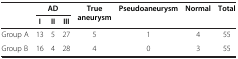
| <ROWSPAN=2>  | <COLSPAN=3> AD | <ROWSPAN=2> True aneurysm | <ROWSPAN=2> Pseudoaneurysm | <ROWSPAN=2> Normal | <ROWSPAN=2> Total |
 | I | II | III |
 | --- | --- | --- | --- | --- | --- | --- | --- |
 | Group A | 13 | 5 | 27 | 5 | 1 | 4 | 55 |
 | Group B | 16 | 4 | 28 | 4 | 0 | 3 | 55 |